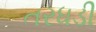
તરધડી